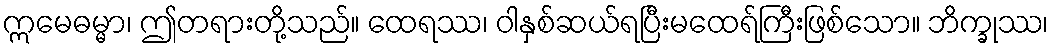
ဣမေဓမ္မာ၊ ဤတရားတို့သည်။ ထေရဿ၊ ဝါနှစ်ဆယ်ရပြီးမထေရ်ကြီးဖြစ်သော။ ဘိက္ခုဿ၊